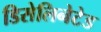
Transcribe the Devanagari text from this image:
डिसेलिनेटेड